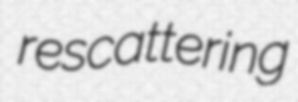
rescattering